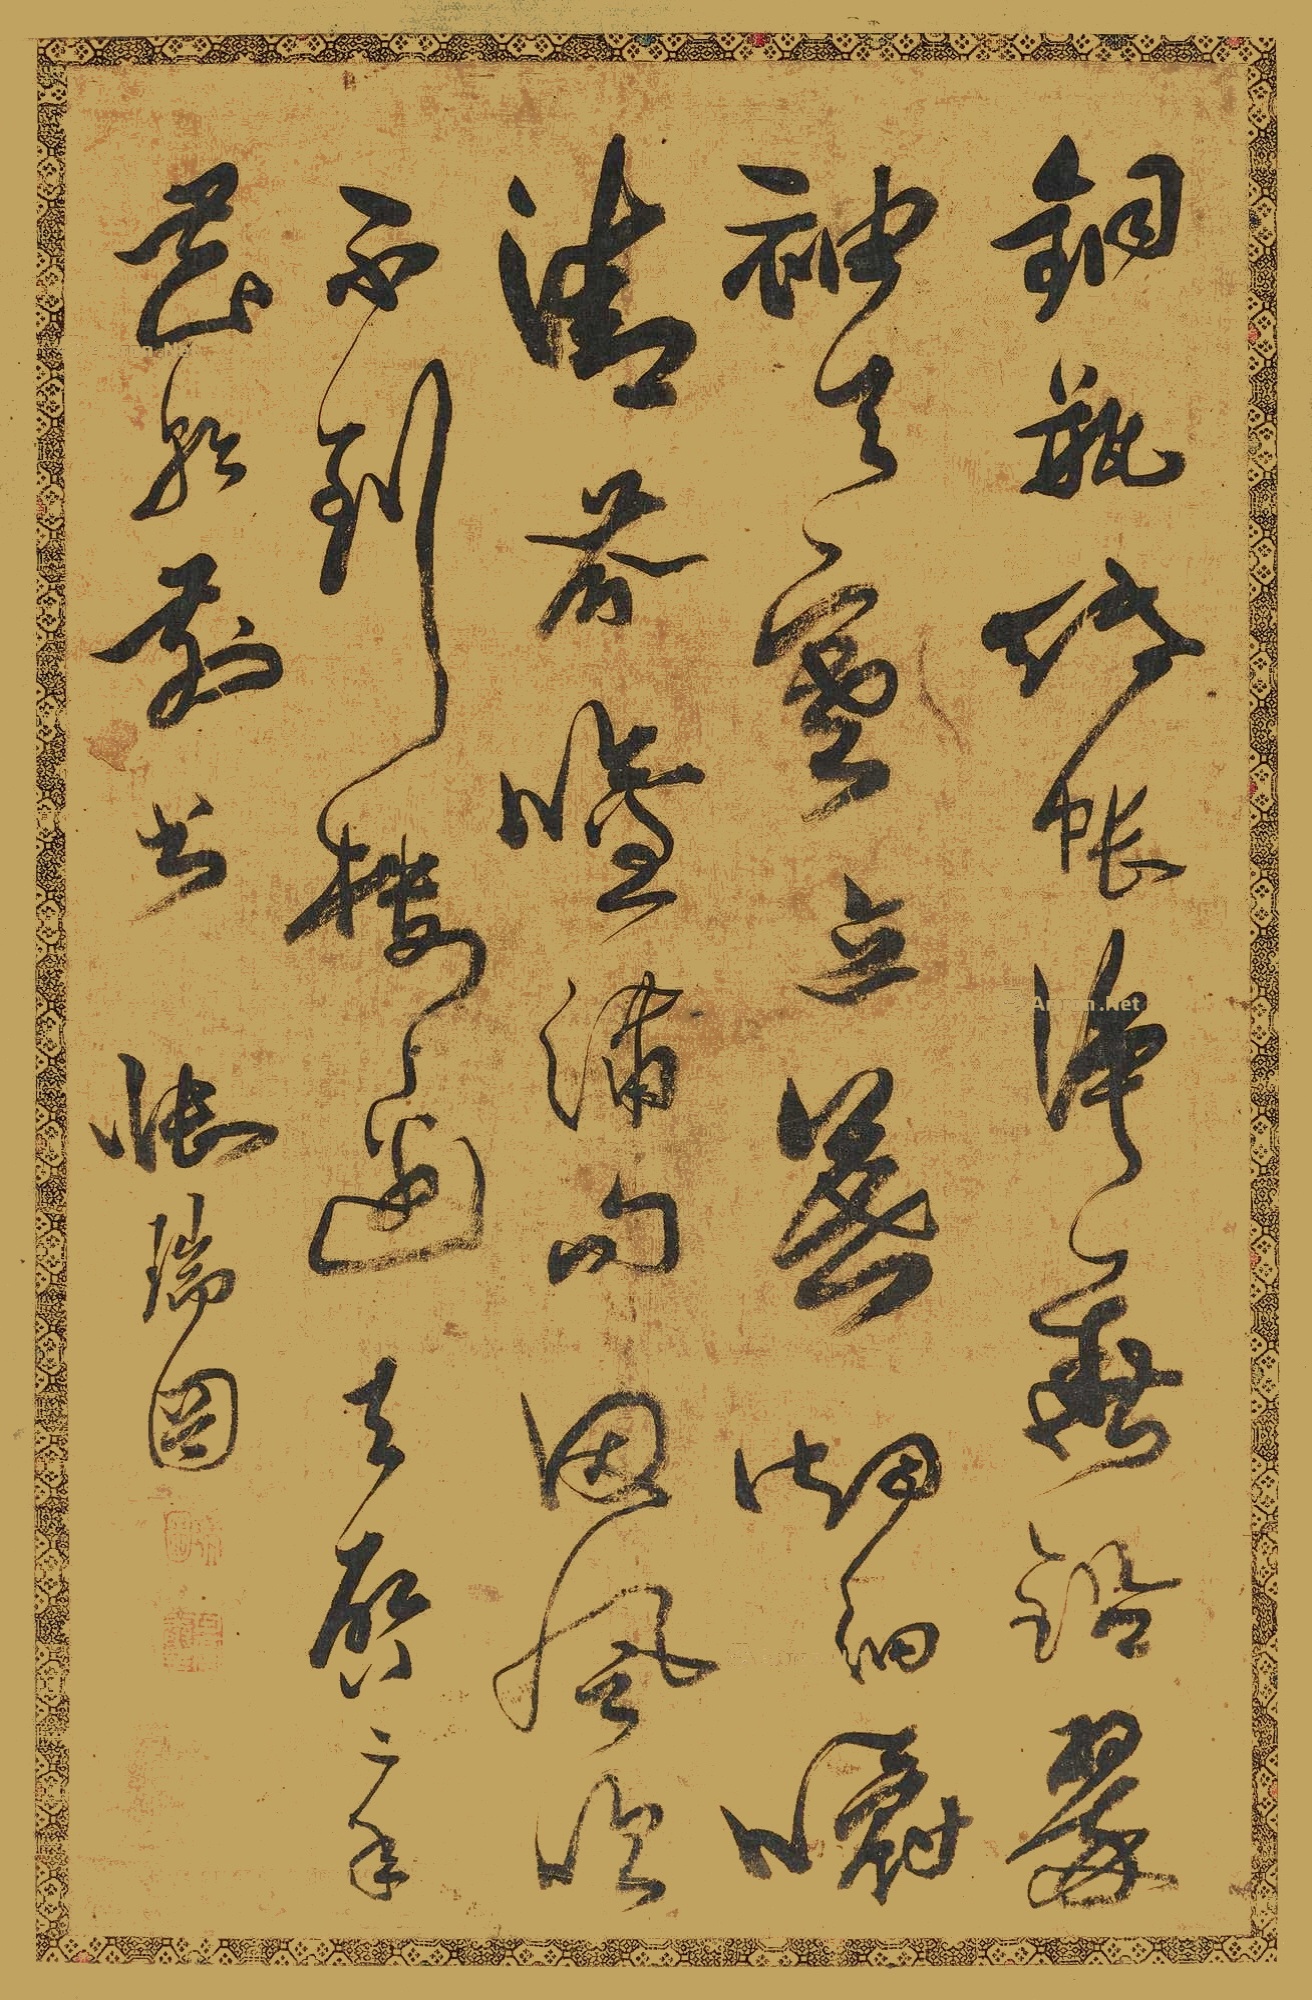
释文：铜瓶纸帐净无铅，翠袖天寒立春烟，细嚼清芬吟啸句，因风吹不到楼边。天启二年花朝前书，张瑞图。